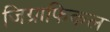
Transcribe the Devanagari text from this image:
जिग्राफिकल